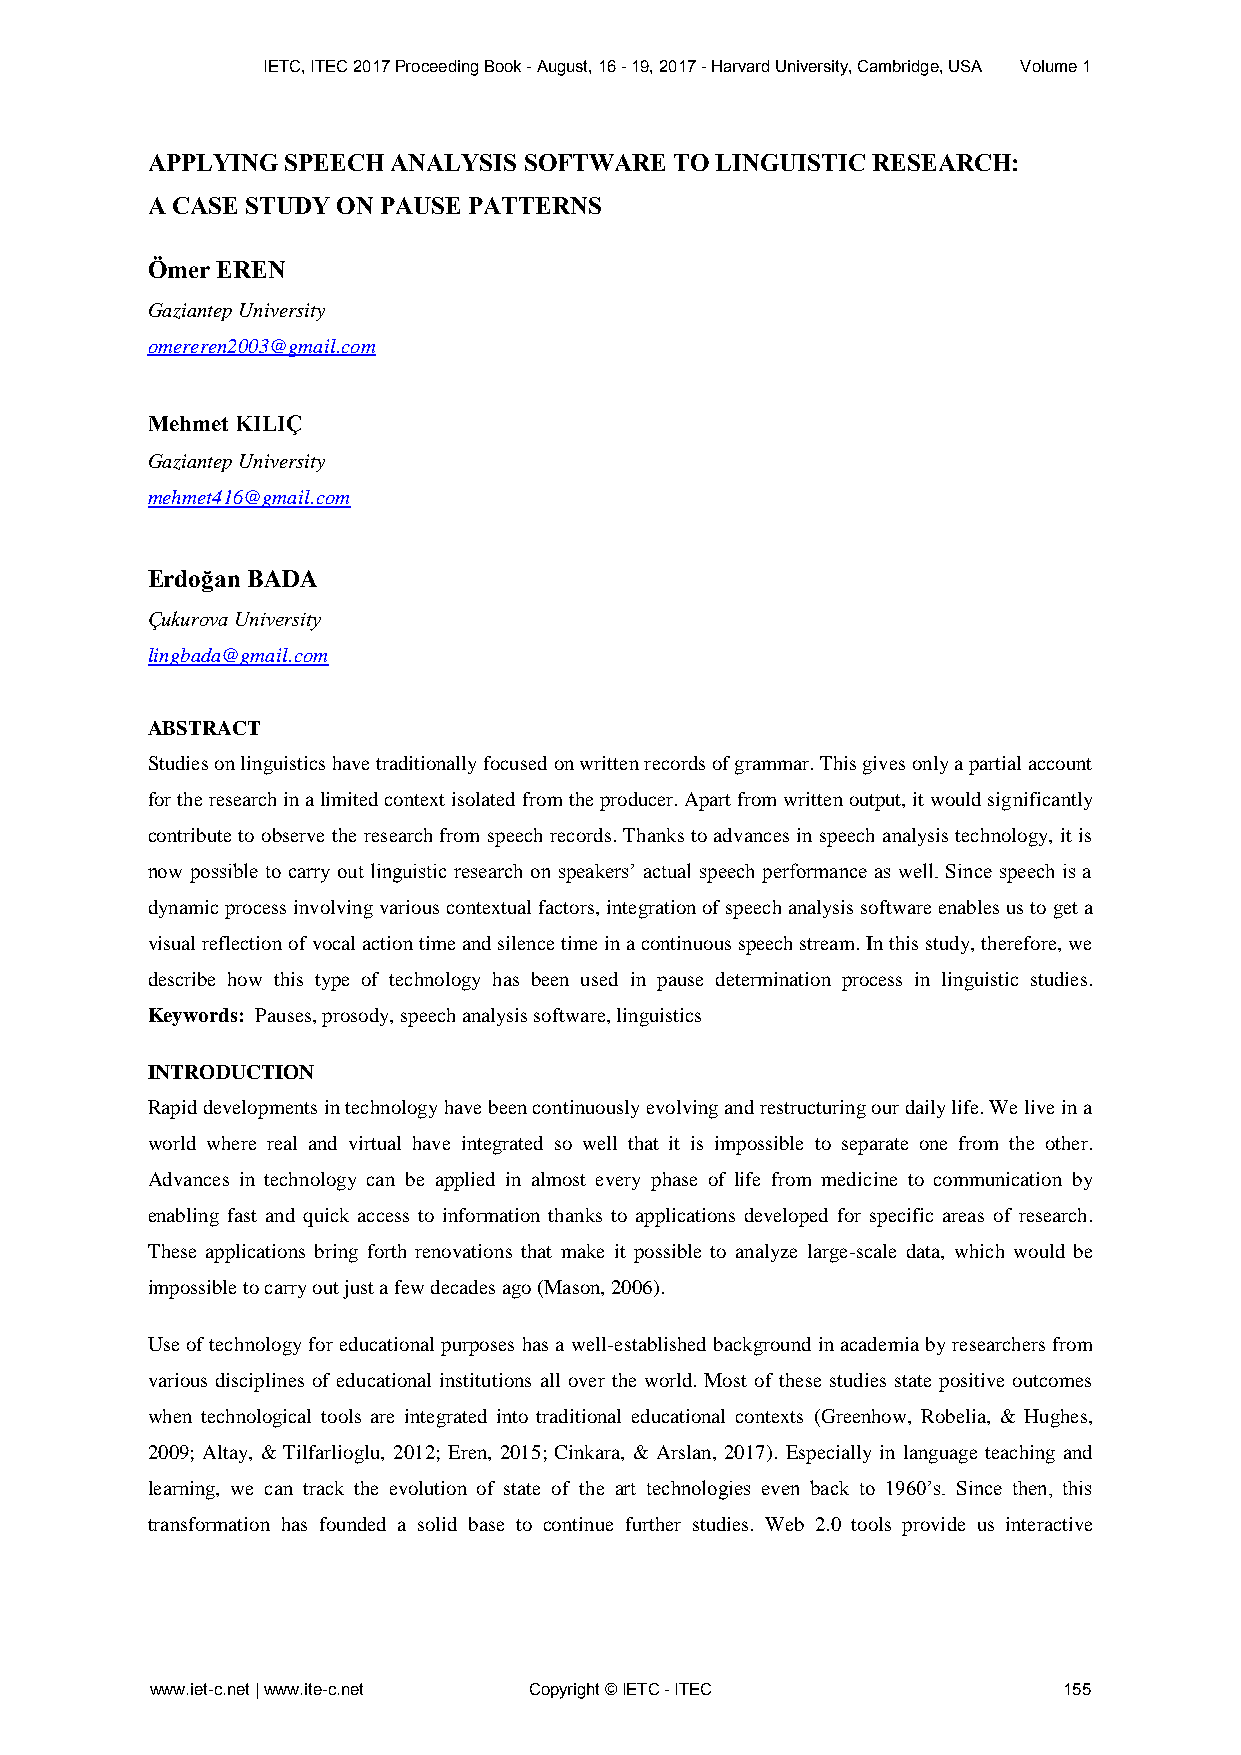
IETC, ITEC 2017 Proceeding Book - August, 16 - 19, 2017 - Harvard University, Cambridge, USA Volume 1
 APPLYING SPEECH ANALYSIS SOFTWARE  TO LINGUISTIC RESEARCH:
 A CASE STUDY ON PAUSE PATTERNS
 Ömer EREN
 Gaziantep University
 omereren2003@gmail.com
 Mehmet KILIÇ
 Gaziantep University
 mehmet416@gmail.com
 Erdoğan BADA
 Çukurova University
 lingbada@gmail.com
 ABSTRACT
 Studies on linguistics have traditionally focused on written records of grammar. This gives only a partial account
 for the research in a limited context isolated from the producer. Apart from written output, it would significantly
 contribute to observe the research from speech records. Thanks to advances in speech analysis technology, it is
 now possible to carry out linguistic research on speakers’ actual speech performance as well. Since speech is a
 dynamic process involving various contextual factors, integration of speech analysis software enables us to get a
 visual reflection of vocal action time and silence time in a continuous speech stream. In this study, therefore, we
 describe how this type of technology has been used in pause determination process in linguistic studies.
 Keywords: Pauses, prosody, speech analysis software, linguistics
 INTRODUCTION
 Rapid developments in technology have been continuously evolving and restructuring our daily life. We live in a
 world where real and virtual have integrated so well that it is impossible to separate one from the other.
 Advances in technology can be applied in almost every phase of life from medicine to communication by
 enabling fast and quick access to information thanks to applications developed for specific areas of research.
 These applications bring forth renovations that make it possible to analyze large-scale data, which would be
 impossible to carry out just a few decades ago (Mason, 2006).
 Use of technology for educational purposes has a well-established background in academia by researchers from
 various disciplines of educational institutions all over the world. Most of these studies state positive outcomes
 when technological tools are integrated into traditional educational contexts (Greenhow, Robelia, & Hughes,
 2009; Altay, & Tilfarlioglu, 2012; Eren, 2015; Cinkara, & Arslan, 2017). Especially in language teaching and
 learning, we can track the evolution of state of the art technologies even back to 1960’s. Since then, this
 transformation has founded a solid base to continue further studies. Web 2.0 tools provide us interactive
 www.iet-c.net | www.ite-c.net Copyright © IETC - ITEC       155